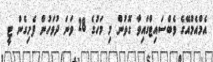
އެމްއެމްއޭގެ ވެބްސައިޓްގައިވާ ގޮތުން މި މަހުގެ 28 ވަނަ ދުވަހުން ފެށިގެން ޓީ